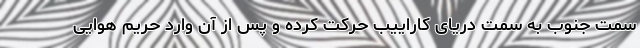
سمت جنوب به سمت دریای کاراییب حرکت کرده و پس از آن وارد حریم هوایی